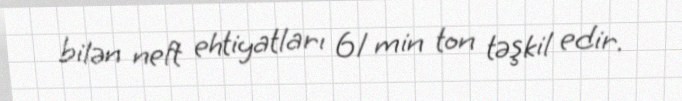
bilən neft ehtiyatları 61 min ton təşkil edir.